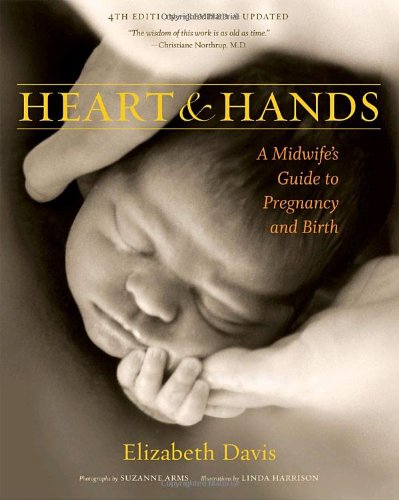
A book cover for Heart and Hands: A Midwife's Guide to Pregnancy and Birth; Elizabeth Davis; Medical Books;